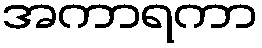
အကာရကာ